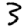
Digit: 3